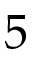
5